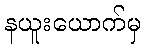
နယူးယောက်မှ